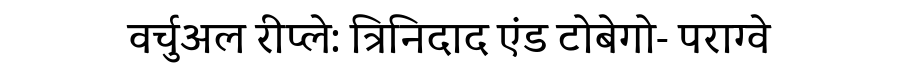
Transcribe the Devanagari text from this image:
वर्चुअल रीप्ले: त्रिनिदाद एंड टोबेगो- पराग्वे